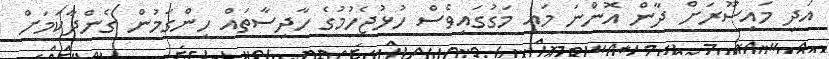
އަދި މައިސޫރަށް ދާން އޮންނަ މައި މަގުގައިވެސް ހުޅުޖެހުމުގެ ހާދިސާތައް ހިންގަމުން ގެންދާކަމަށް